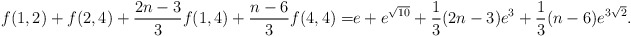
\begin{align*}f(1,2)+f(2,4)+\frac{2n-3}{3}f(1,4)+\frac{n-6}{3}f(4,4)=&e+e^{\sqrt{10}}+\frac{1}{3}(2n-3) e^3+\frac{1}{3} (n-6) e^{3 \sqrt{2}}.\end{align*}